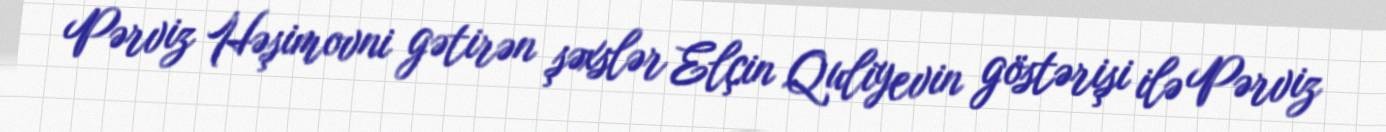
Pərviz Həşimovni gətirən şəxslər Elçin Quliyevin göstərişi ilə Pərviz